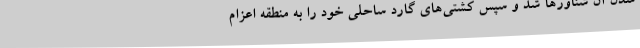
شدن آن شناورها شد و سپس کشتی‌های گارد ساحلی خود را به منطقه اعزام